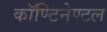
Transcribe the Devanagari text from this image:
कॉण्टिनेण्टल